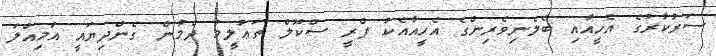
ސަރުކާރުގެ އެހީއާއި ބެލެނިވެރިންގެ އެހީއާއެކު ޕްރީ ސްކޫލް ތަޢުލީމު ދެމުން ގެންދިޔައީ އަމިއްލަ